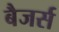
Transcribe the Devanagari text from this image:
बैजर्स